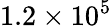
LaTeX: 1.2\times 10^{5}